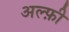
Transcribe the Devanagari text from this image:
अल्फ़ी